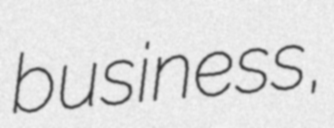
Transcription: business,